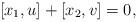
LaTeX: \begin{align*}[x_1,u]+[x_2,v]=0,\end{align*}